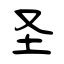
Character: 圣